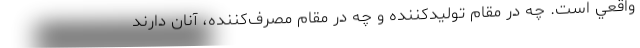
واقعي است. چه در مقام توليدكننده و چه در مقام مصرف‌كننده، آنان دارند